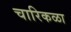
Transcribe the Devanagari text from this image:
चारिकळा